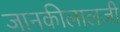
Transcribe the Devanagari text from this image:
जानकीलालजी